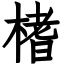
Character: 榰